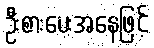
ဦးစားပေးအနေဖြင့်